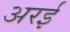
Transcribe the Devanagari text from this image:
अरई